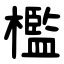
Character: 檻